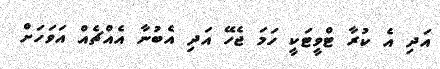
އަދި އެ ކުރާ ޓްވީޓަކީ ހަމަ ޖެހޭ އަދި އެބުނާ އެއްޗެއް އަވަހަށް